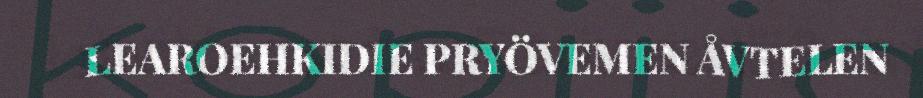
LEAROEHKIDIE PRYÖVEMEN ÅVTELEN